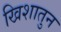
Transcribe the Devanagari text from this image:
खिशातुन